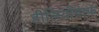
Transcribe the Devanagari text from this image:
हीलियोग्राफ़